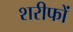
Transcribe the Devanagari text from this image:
शरीफों